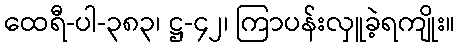
ထေရီ-ပါ-၃၈၃၊ ဋ္ဌ-၄၂၊ ကြာပန်းလှူခဲ့ရကျိုး။